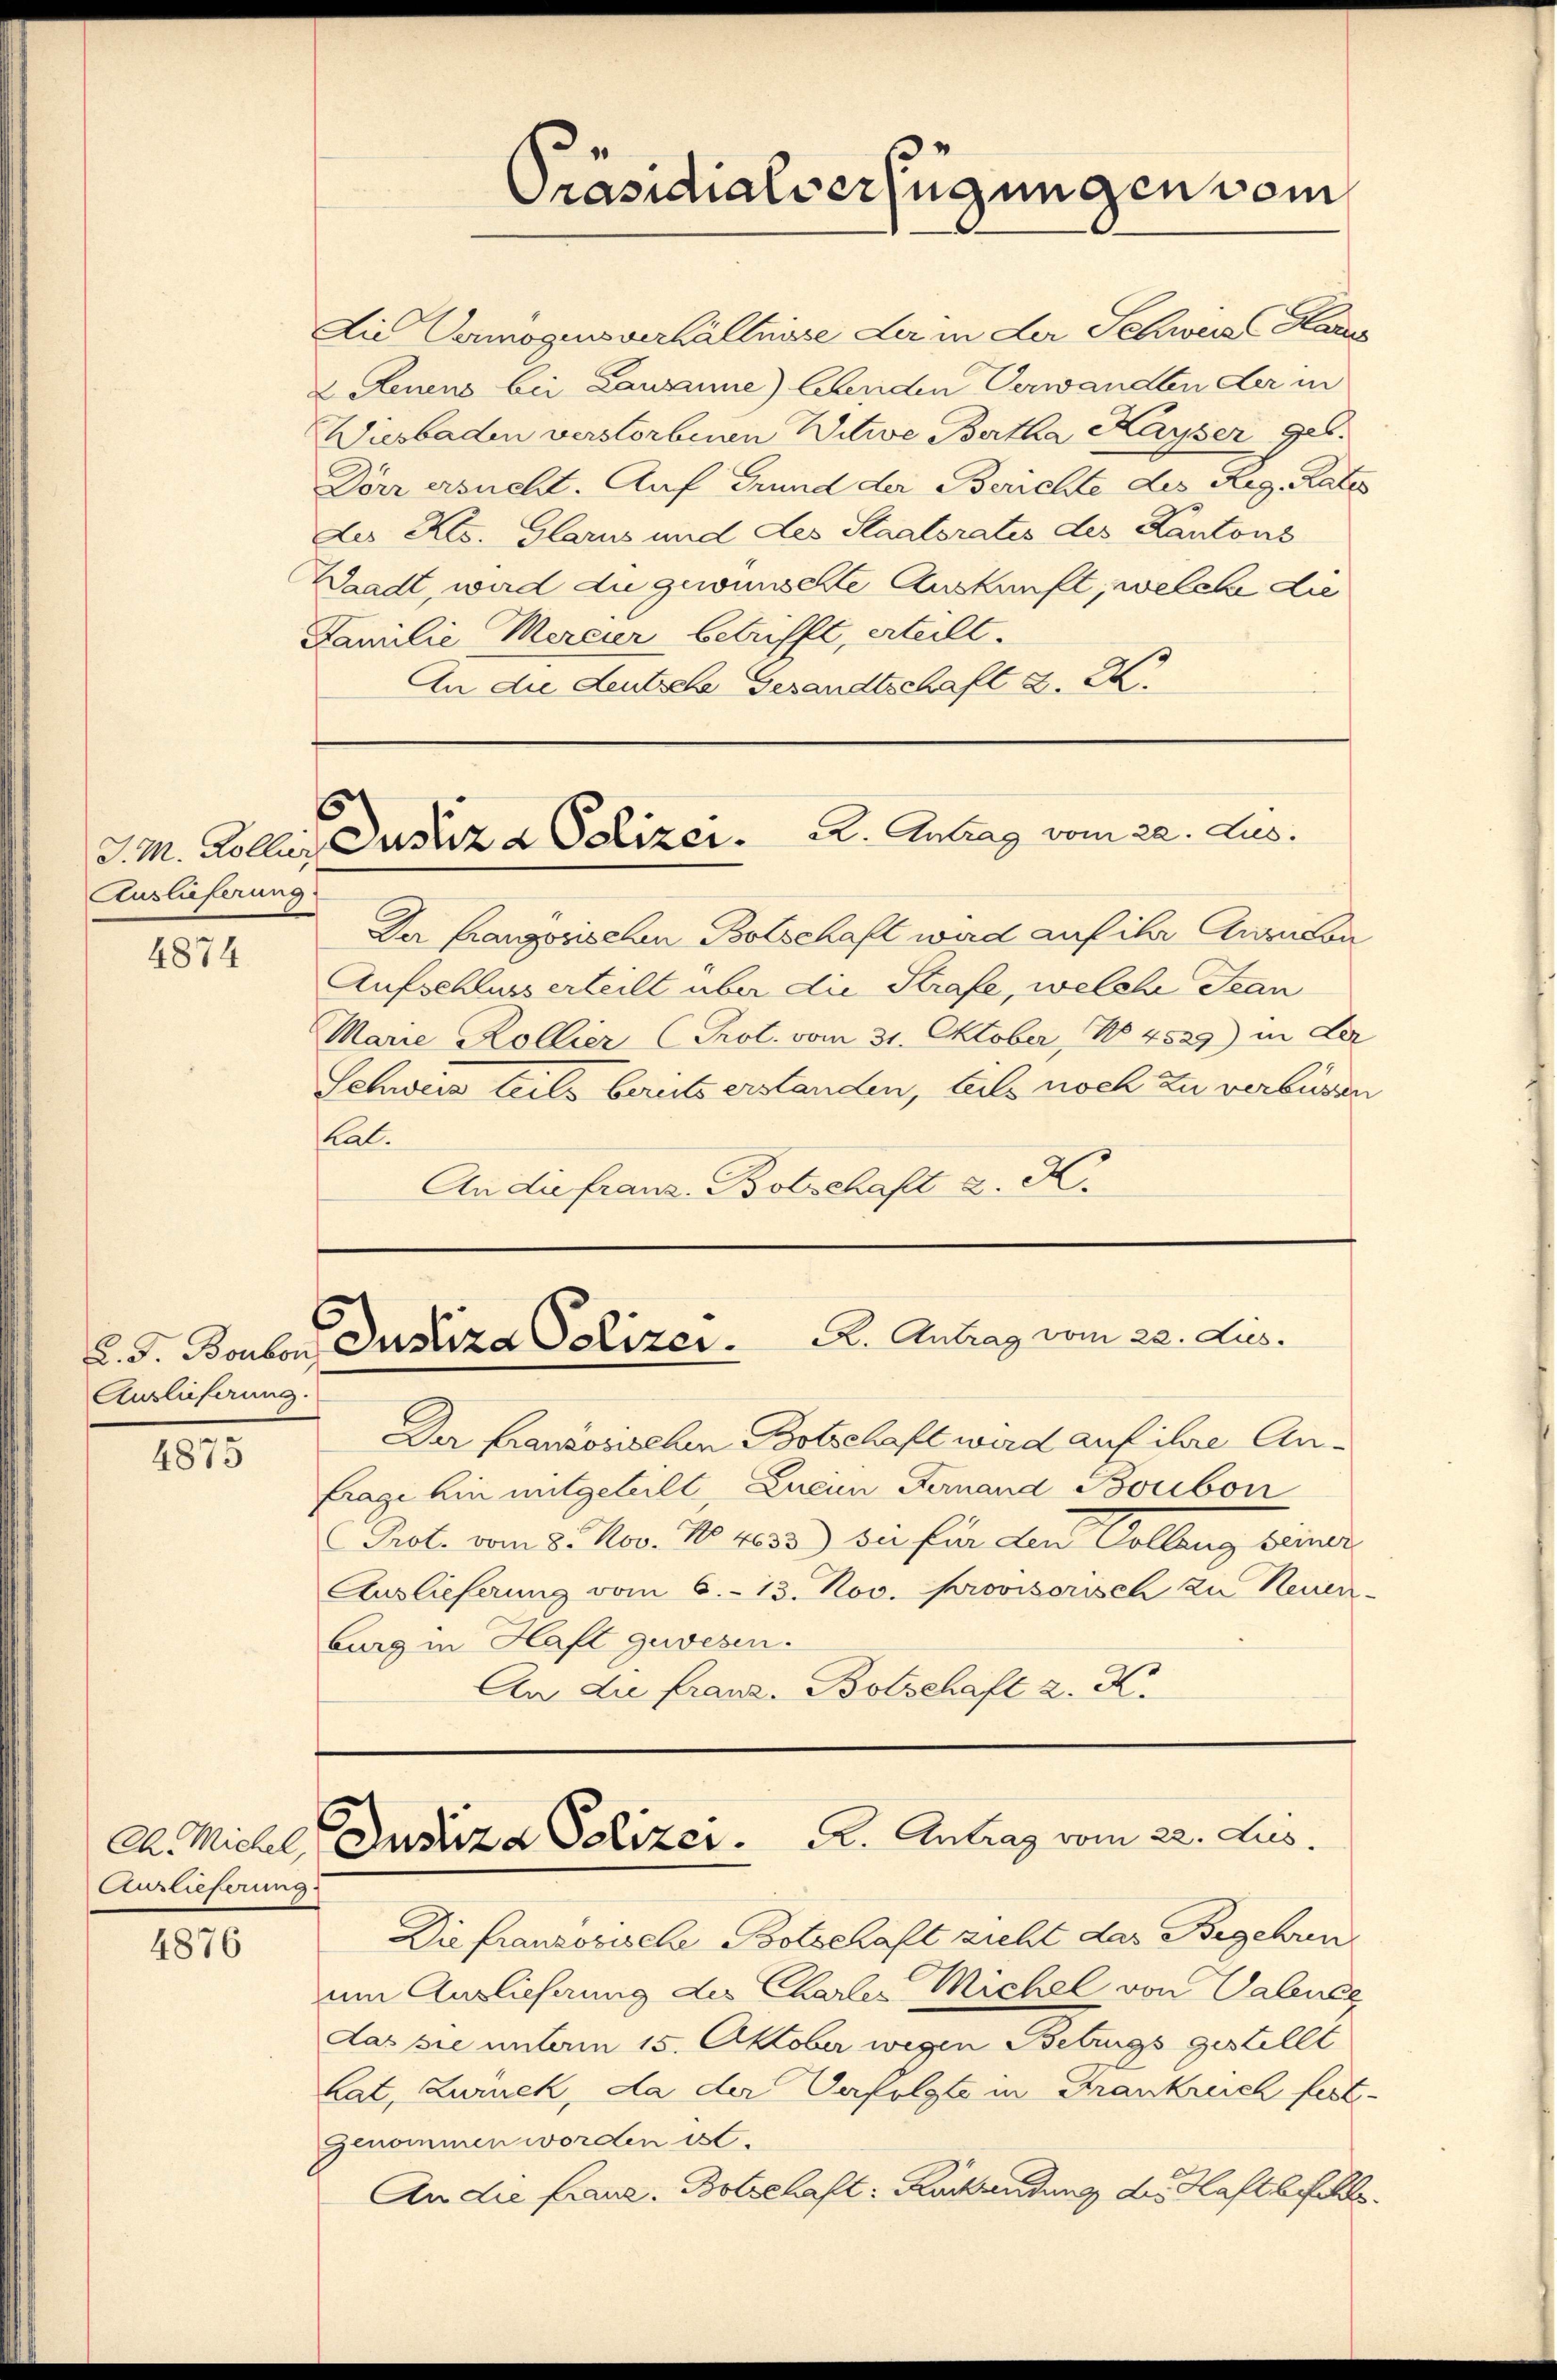
J. M. Kollier
Auslieferung

4874

Auslieferung.

4873

4876

CA. Michel,
Auslieferung

Die Vermögensverhältnisse der in der Schweis Glarus
2 denens bei Lausanne) lenden Verwandten der in
Wiesbaden verstorbenen Witwe Bertha Kayser geb.
Dörr ersucht. Auf Grund der Berichte des Reg. Rates
des Kts. Glarus und des Staatsrates des Kantons
Waadt, wird die gewünschte Auskunft, welche die
Familie Mercier betrifft, erteilt.
An die Leutsche Gesandtschaft d. M.

Präsidialverfügungen vom

¬
Custiza Polizer. A. Antrag vom 22. Jus

Da Langorischen Botschaft wird auf ihr Anzucon
Aufschlusserteilt über die Strafe, welche Stan
Marie Kollier (Prot. vom 31. Oktober, No. 4539) in der
Schweiz teils bereits erstanden, teils noch zu verbüren
Kal.
An die franz. Botschaft d. K.

d. J. Boulon Justiza Polizer.      A. Antrag vom 22. dus.

Justiza Polizei. A. Antrag vom 22. Jus

Der Französischen Botschaft wird auf ihre An¬
Frage hin mitgeteilt, Zwei Fernand Bonbon
Prot. vom 8. Nov. No 4033) sei für den Collang seiner
Auslieferung vom 6. 13. Nov. Provisorisch zu Neuen-
burg in Haft gewesen.
An die franz. Botschaft 2. X.

Die franzosische Botschaft zieht das Begehren
um Auslieferung des Charten Michel von Valener
das sie unterm 15. Oktober wegen Betrugs gestellt
lat, Zurück, da der Verfolgte in Frankreich fest-
genommen worden ist.
An die Fraue, Botschaft: Rucksendung der Haftbefehl.